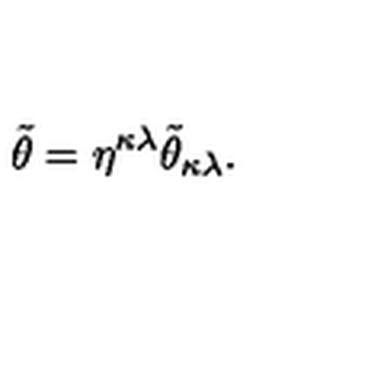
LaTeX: \tilde { \theta } = \eta ^ { \kappa \lambda } \tilde { \theta } _ { \kappa \lambda } .